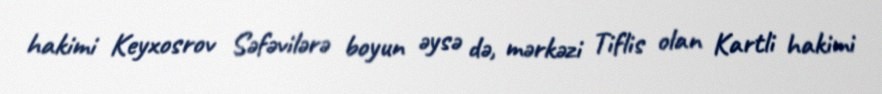
hakimi Keyxosrov Səfəvilərə boyun əysə də, mərkəzi Tiflis olan Kartli hakimi